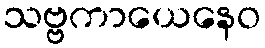
သဗ္ဗကာယေနေဝ